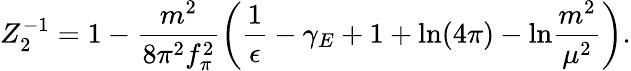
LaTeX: Z_{2}^{-1}=1-\frac{m^{2}}{8\pi^{2}f_{\pi}^{2}}\left(\frac{1}{\epsilon}-\gamma_{E}+1+\mathrm{ln}(4\pi)-\mathrm{ln}\frac{m^{2}}{\mu^{2}}\right).